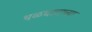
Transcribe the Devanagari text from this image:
थळघाटाच्या